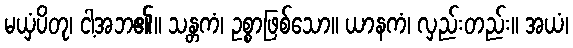
မယှံပိတု၊ ငါ့အဘ၏။ သန္တကံ၊ ဥစ္စာဖြစ်သော။ ယာနကံ၊ လှည်းတည်း။ အယံ၊